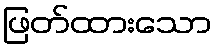
ဖြတ်ထားသော